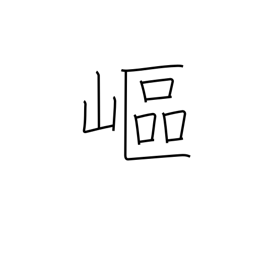
Meaning: steep